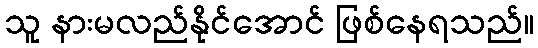
သူ နားမလည်နိုင်အောင် ဖြစ်နေရသည်။